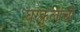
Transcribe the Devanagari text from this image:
घरकुलांची